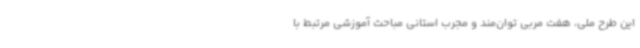
این طرح ملی، هفت مربی توان‌مند و مجرب استانی مباحث آموزشی مرتبط با